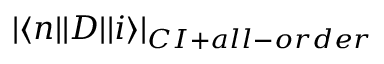
| \langle n | | D | | i \rangle | _ { C I + a l l - o r d e r }